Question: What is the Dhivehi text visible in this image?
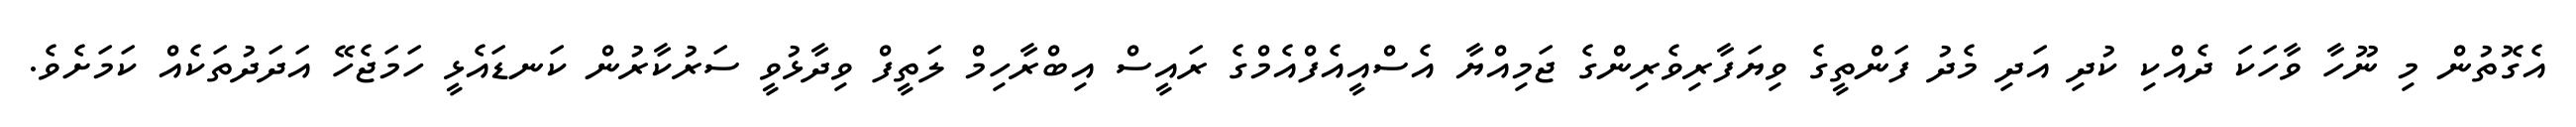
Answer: އެގޮތުން މި ނޫހާ ވާހަކަ ދެއްކި ކުދި އަދި މެދު ފަންތީގެ ވިޔަފާރިވެރިންގެ ޖަމިއްޔާ އެސްއީއެފްއެމްގެ ރައީސް އިބްރާހިމް ލަތީފް ވިދާޅުވީ ސަރުކާރުން ކަނޑައެޅީ ހަމަޖެހޭ އަދަދުތަކެއް ކަމަށެވެ.